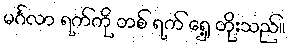
မင်္ဂလာ ရက်ကို တစ် ရက် ရှေ့ တိုးသည်။